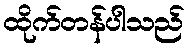
ထိုက်တန်ပါသည်